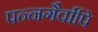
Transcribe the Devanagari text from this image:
पन्नगैर्वापि